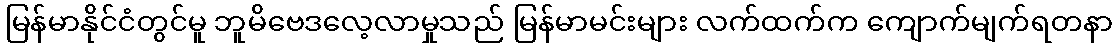
မြန်မာနိုင်ငံတွင်မူ ဘူမိဗေဒလေ့လာမှုသည် မြန်မာမင်းများ လက်ထက်က ကျောက်မျက်ရတနာ